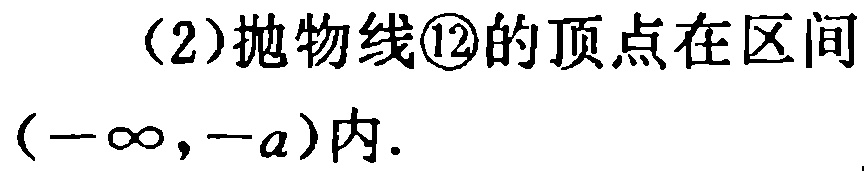
(2)抛物线\textcircled{12}的顶点在区间\((-\infty,-a)\)内.